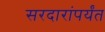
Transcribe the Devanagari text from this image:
सरदारांपर्यंत